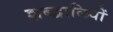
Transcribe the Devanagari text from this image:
शब्द्वालियों